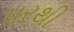
પરથી